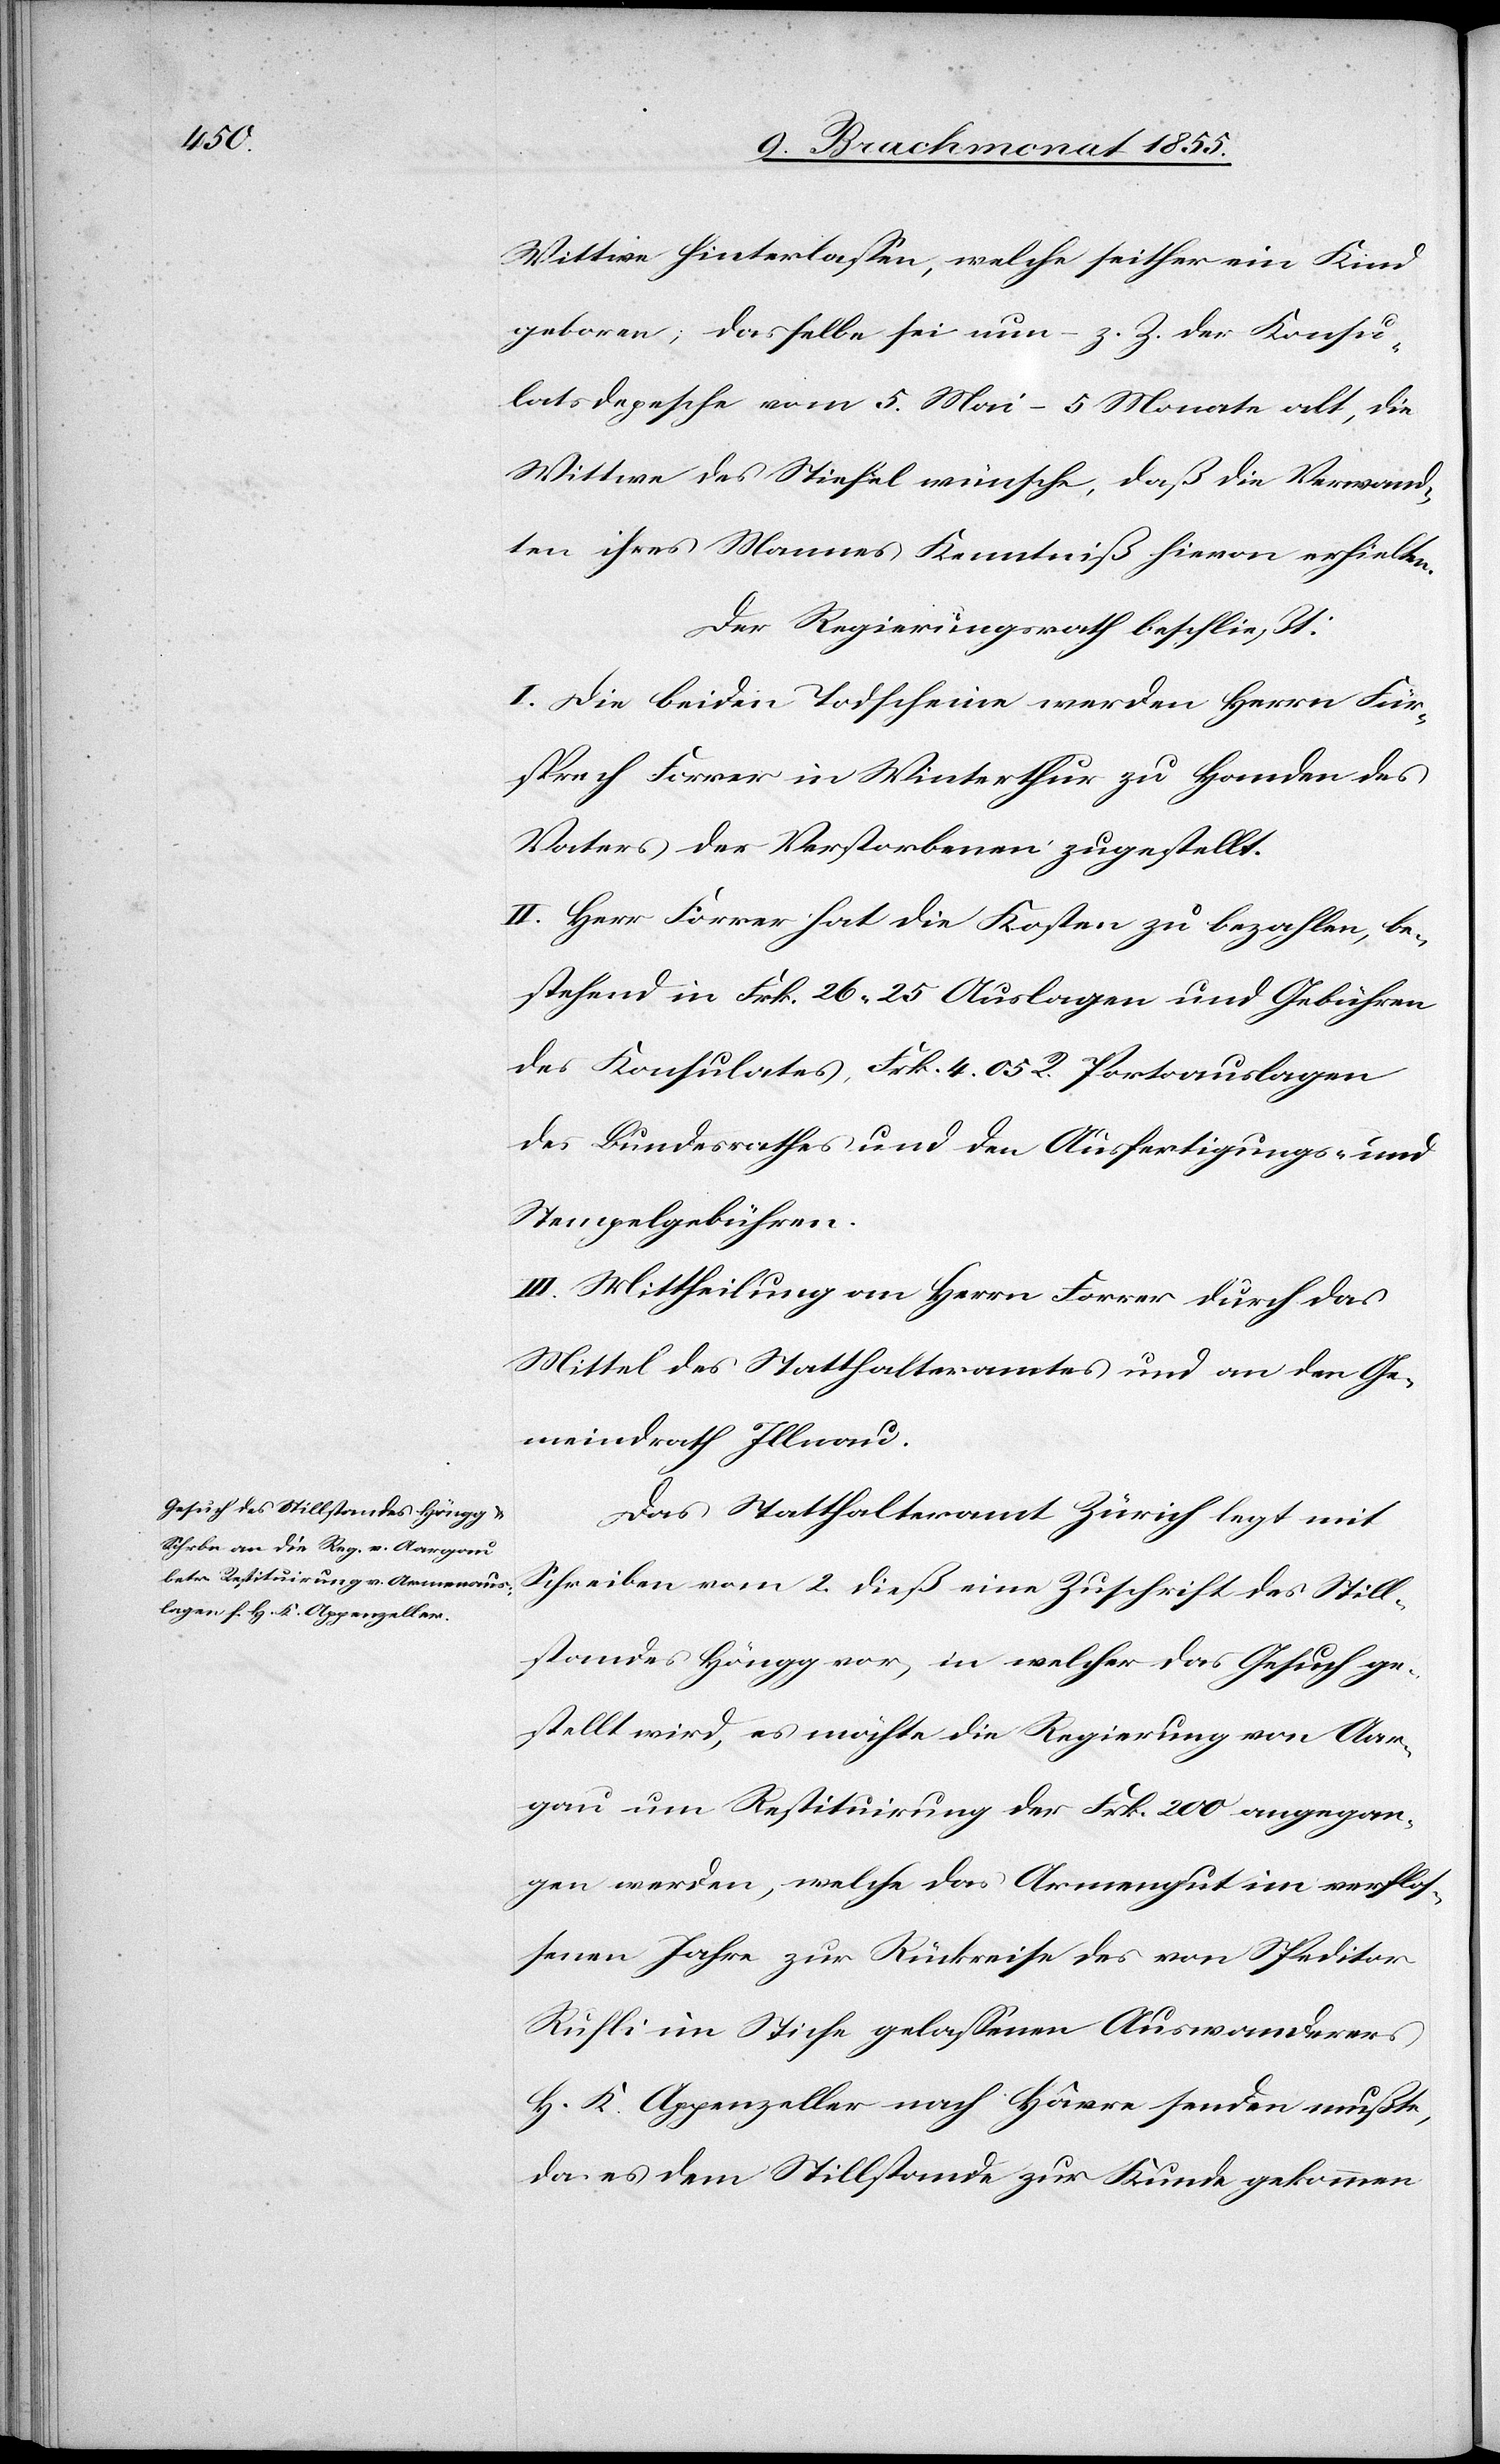
Wittwe hinterlassen, welche seither ein Kind
geboren; dasselbe sei nun – z. Z. der Konsu¬
latsdepesche vom 5. Mai – 5 Monate alt, die
Wittwe des Stiefel wünsche, daß die Verwand¬
ten ihres Mannes Kenntniß hievon erhielten.
Der Regierungsrath beschließt:
I. Die beiden Todscheine werden Herrn Für¬
sprech Forrer in Winterthur zu Handen des
Vaters der Verstorbenen zugestellt.
II. Herr Forrer hat die Kosten zu bezahlen, be¬
stehend in Frk. 26. 25 Auslagen und Gebühren
des Konsulates, Frk. 4. 05 R. Portoauslagen
des Bundesrathes und den Ausfertigungs- und
Stempelgebühren.
III. Mittheilung an Herrn Forrer durch das
Mittel des Statthalteramtes und an den Ge¬
meindrath Illnau.
Das Statthalteramt Zürich legt mit
Schreiben vom 2. dieß eine Zuschrift des Still¬
standes Höngg vor, in welcher das Gesuch ge¬
stellt wird, es möchte die Regierung von Aar¬
gau um Restituirung der Frk. 200 angegan¬
gen werden, welche das Armengut im verflos¬
senen Jahre zur Rückreise des von Speditor
Rufli im Stiche gelassenen Auswanderers
H. K. Appenzeller nach Hâvre senden mußte,
da es dem Stillstande zur Kunde gekommen